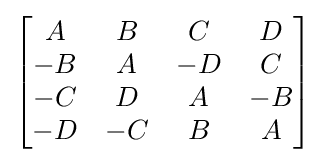
{\begin{bmatrix}A&B&C&D\\-B&A&-D&C\\-C&D&A&-B\\-D&-C&B&A\end{bmatrix}}